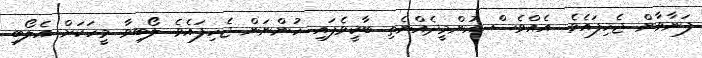
ފަނާވާން ޖެހިފައެވެ. އެއްވެސް އުންމީދެއްނެތި ބާކީވެފައި ހުންނަން ޖެހިފައެވެ. ލޯބިވާ މީހަކަށް އެލޯބި